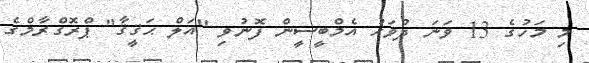
މި މަހުގެ 13 ވަނަ ދުވަހު އެމްބީސީން ފޮނުވި "އަލް ޙަޤީޤާ" ޕްރޮގްރާމްގެ